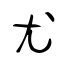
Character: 尤